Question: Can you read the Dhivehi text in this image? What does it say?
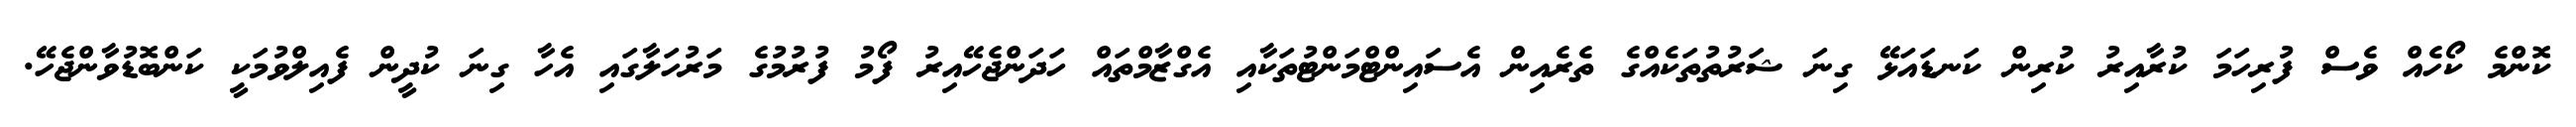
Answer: ކޮންމެ ކޯހެއް ވެސް ފުރިހަމަ ކުރާއިރު ކުރިން ކަނޑައަޅޭ ގިނަ ޝަރުތުތަކެއްގެ ތެރެއިން އެސައިންޓްމަންޓުތަކާއި އެގްޒާމްތައް ހަދަންޖެހޭއިރު ފޯމު ފުރުމުގެ މަރުހަލާގައި އެހާ ގިނަ ކުދީން ފެއިލްވުމަކީ ކަންބޮޑުވާންޖެހޭ.